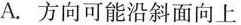
A.方向可能沿斜面向上